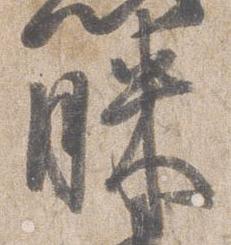
昧